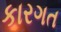
કારગત